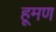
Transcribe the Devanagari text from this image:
हूमण